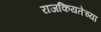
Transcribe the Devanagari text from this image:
राजकियतेच्या